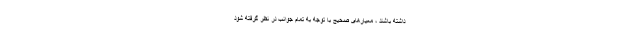
داشته باشند ، معیارهای صحیح با توجه به تمام جوانب در نظر گرفته شود